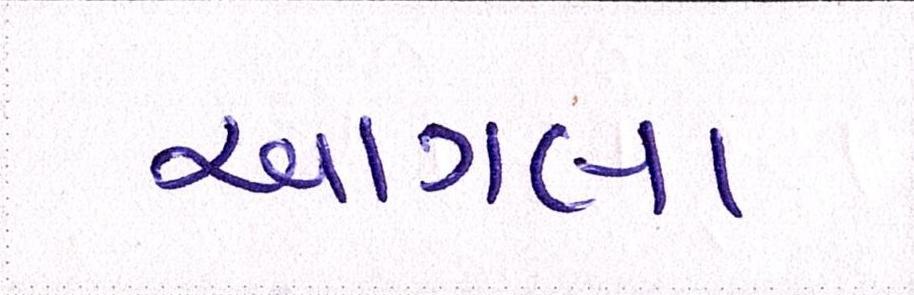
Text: આગલા